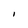
Character: I